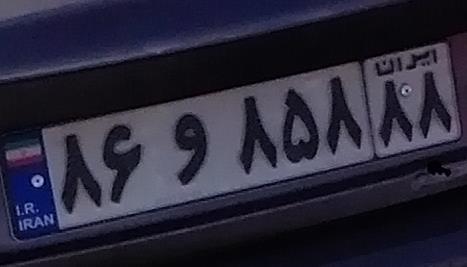
۸۶و۸۵۸۸۸